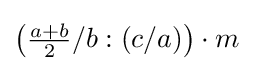
\left({\tfrac {a+b}{2}}/b:(c/a)\right)\cdot m